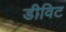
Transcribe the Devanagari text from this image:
डीविट